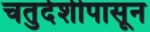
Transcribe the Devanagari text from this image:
चतुर्दशीपासून